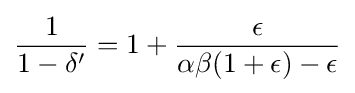
{\frac {1}{1-\delta '}}=1+{\frac {\epsilon }{\alpha \beta (1+\epsilon )-\epsilon }}